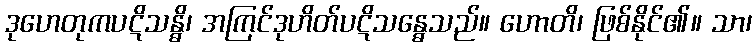
ဒုဟေတုကပဋိသန္ဓိ၊ အကြင်ဒုဟိတ်ပဋိသန္ဓေသည်။ ဟောတိ၊ ဖြစ်နိုင်၏။ သာ၊